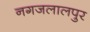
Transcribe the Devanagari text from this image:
नगजलालपुर